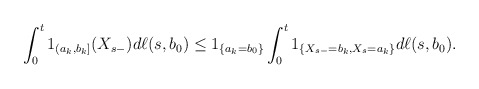
\begin{align*}\int_0^t 1_{(a_k,b_k]}(X_{s-})d\ell(s, b_0)\leq 1_{\{a_k=b_0\}}\int_0^t 1_{\{X_{s-}=b_k, X_s=a_k\}}d\ell(s,b_0).\end{align*}